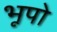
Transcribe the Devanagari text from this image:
भूपो